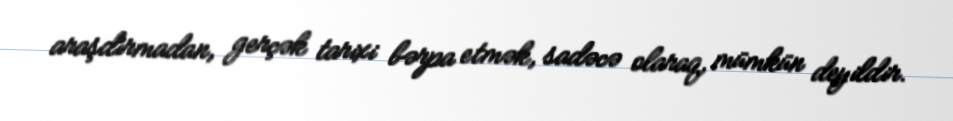
araşdırmadan, gerçək tarixi bərpa etmək, sadəcə olaraq, mümkün deyildir.